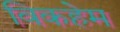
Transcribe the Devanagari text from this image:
विकहेम